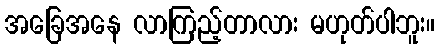
အခြေအနေ လာကြည့်တာလား မဟုတ်ပါဘူး။